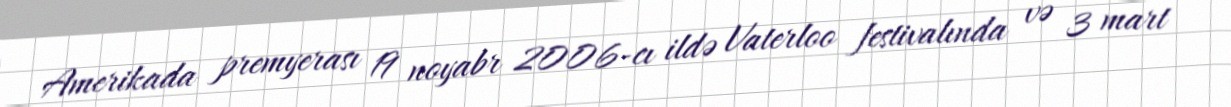
Amerikada premyerası 19 noyabr 2006-cı ildə Vaterloo festivalında və 3 mart